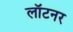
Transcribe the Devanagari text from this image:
लॉटनर